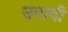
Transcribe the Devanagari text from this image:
उपादी